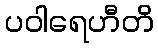
ပဝါရေဟီတိ